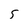
Character: 5